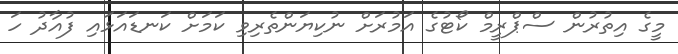
މީގެ އިތުރުން ސްޕްރީމް ކޯޓުގެ އަމުރަށް ނުކިޔަންތެރިވި ކަމަށް ކަނޑައަޅައި ފުއާދު ހަ